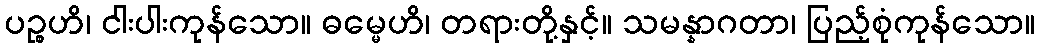
ပဉ္စဟိ၊ ငါးပါးကုန်သော။ ဓမ္မေဟိ၊ တရားတို့နှင့်။ သမန္နာဂတာ၊ ပြည့်စုံကုန်သော။